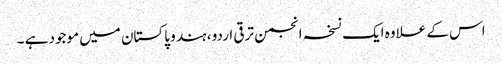
اس کے علاوہ ایک نسخہ انجمن ترقی اردو ، ہند و پاکستان میں موجود ہے ۔